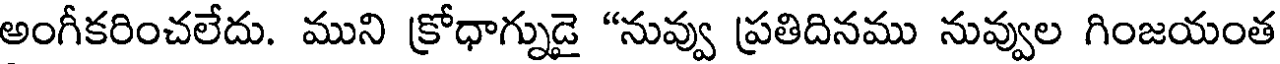
అంగీకరించలేదు. ముని క్రోధాగ్నుడై "నువ్వు ప్రతిదినము నువ్వుల గింజయంత